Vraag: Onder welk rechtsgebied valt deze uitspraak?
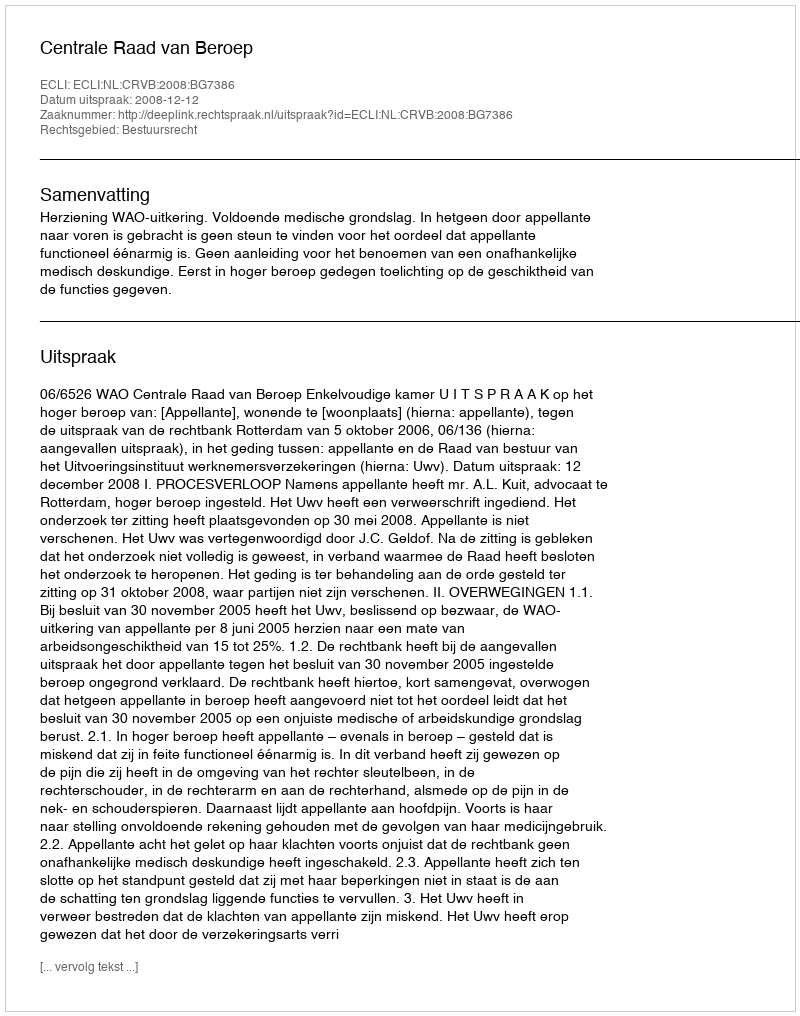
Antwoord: Bestuursrecht